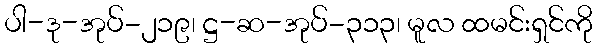
ပါ-ဒု-အုပ်-၂၁၉၊ ဋ္ဌ-ဆ-အုပ်-၃၁၃၊ မူလ ထမင်းရှင်ကို